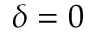
\delta = 0